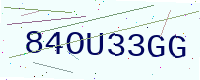
Text: 84OU33GG